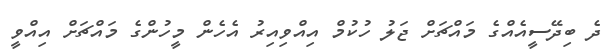
ދެ ބިދޭސީއެއްގެ މައްޗަށް ޖަލު ހުކުމް އިއްވިއިރު އެހެން މީހުންގެ މައްޗަށް އިއްވީ